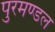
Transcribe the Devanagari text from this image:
पुरमण्डल